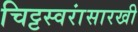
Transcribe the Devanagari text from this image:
चिट्टस्वरांसारखी